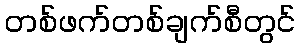
တစ်ဖက်တစ်ချက်စီတွင်